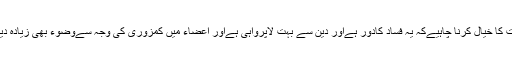
2: مگر ایک بات کا خیال کرنا چاہیےکہ یہ فساد کادور ہےاور دین سے بہت لاپرواہی ہےاور اعضاء میں کمزوری کی وجہ سےوضوء بھی زیادہ دیر قائم نہیں رہتا۔